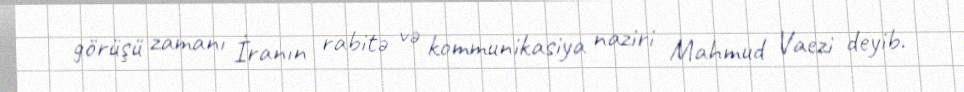
görüşü zamanı İranın rabitə və kommunikasiya naziri Mahmud Vaezi deyib.